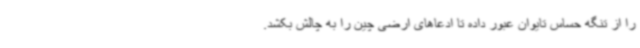
را از تنگه حساس تایوان عبور داده تا ادعاهای ارضی چین را به چالش بکشد.